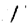
Digit: 1